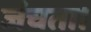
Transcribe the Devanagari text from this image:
जंचता।